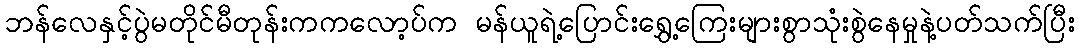
ဘန်လေနှင့်ပွဲမတိုင်မီတုန်းကကလော့ပ်က မန်ယူရဲ့ပြောင်းရွှေ့ကြေးများစွာသုံးစွဲနေမှုနဲ့ပတ်သက်ပြီး